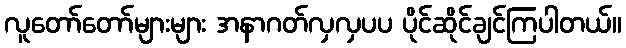
လူတော်တော်များများ အနာဂတ်လှလှပပ ပိုင်ဆိုင်ချင်ကြပါတယ်။